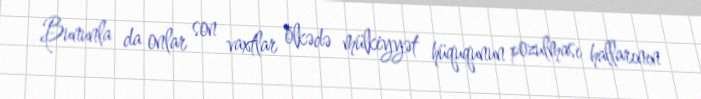
Bununla da onlar son vaxtlar ölkədə mülkiyyət hüququnun pozulması hallarının